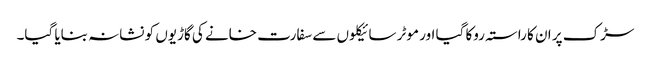
سڑک پر ان کا راستہ روکا گیا اور موٹر سائیکلوں سے سفارت خانے کی گاڑیوں کو نشانہ بنایا گیا۔